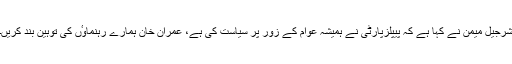
شرجیل میمن نے کہا ہے کہ پیپلزپارٹی نے ہمیشہ عوام کے زور پر سیاست کی ہے، عمران خان ہمارے رہنماوٴں کی توہین بند کریں۔